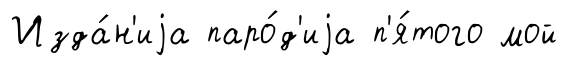
Изда́н'иjа паро́д'иjа п'я́того мой